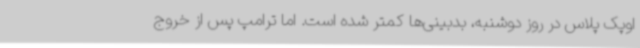
اوپک پلاس در روز دوشنبه، بدبینی‌ها کمتر شده است. اما ترامپ پس از خروج